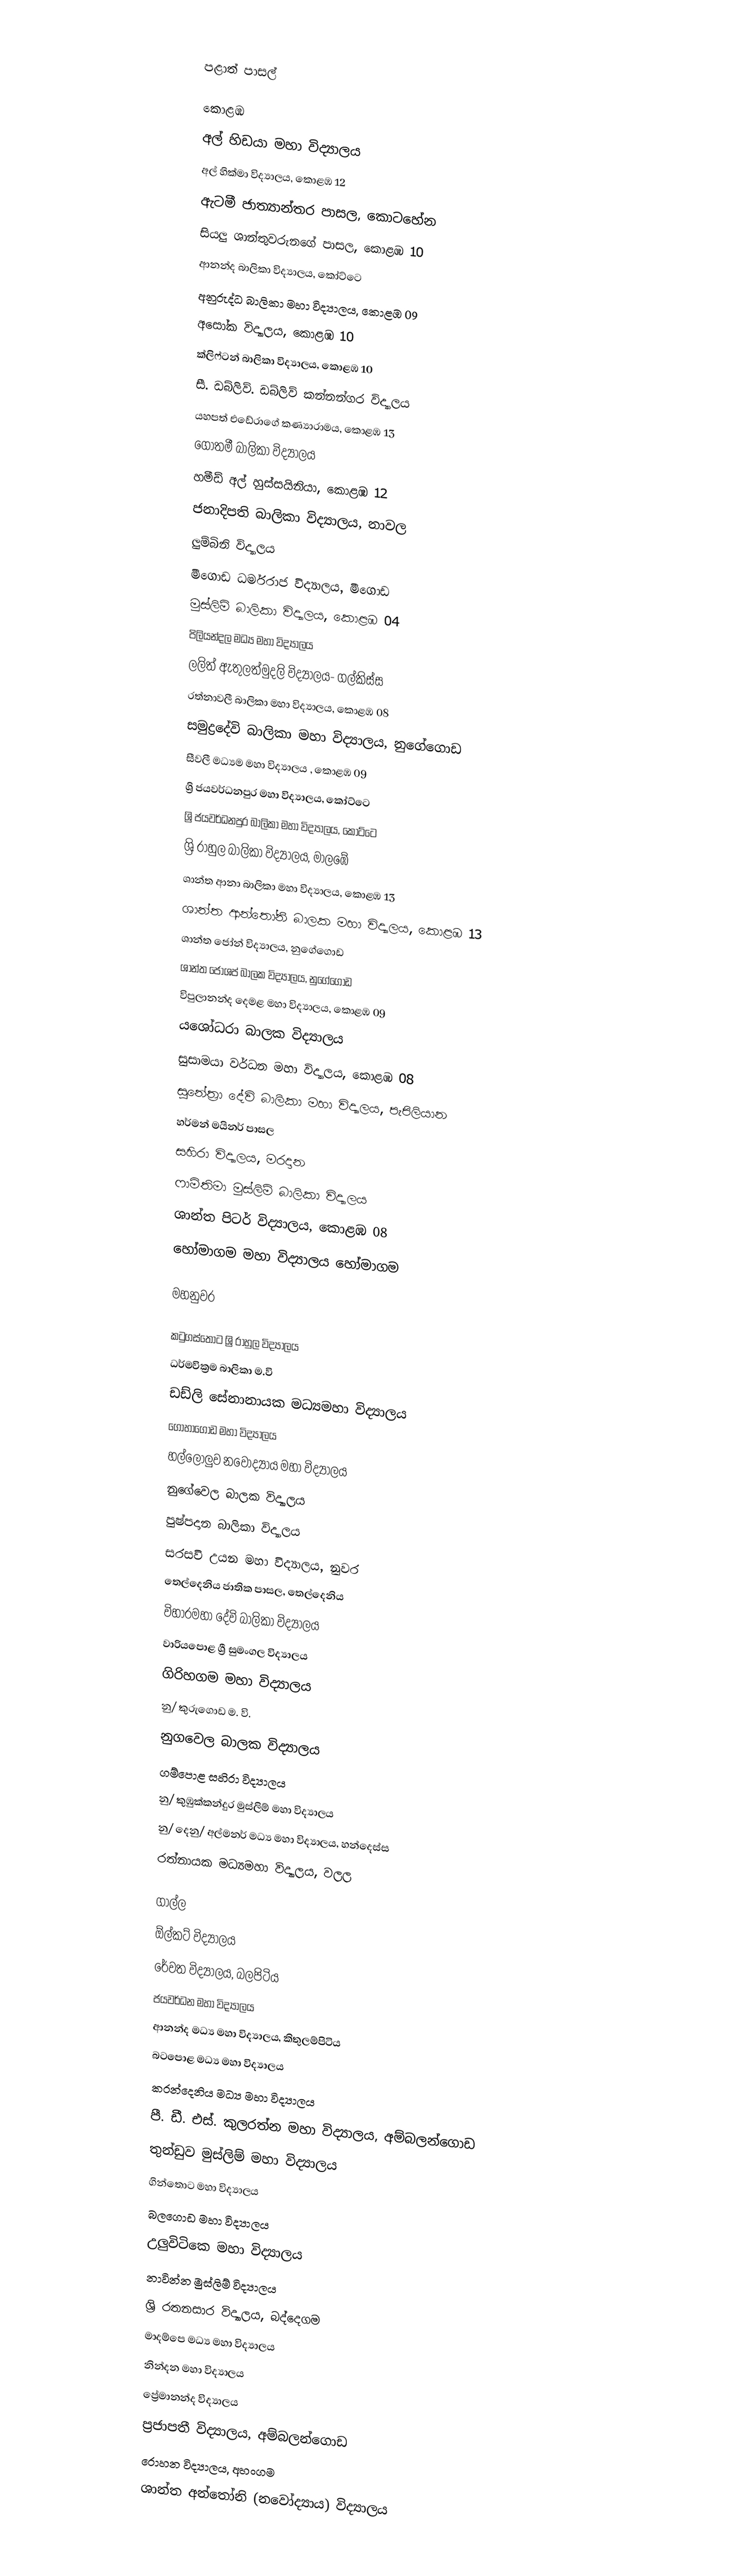

පළාත් පාසල්

කොළඹ
 අල් හිඩයා මහා විද්‍යාලය
 අල් හික්මා විද්‍යාලය, කොළඹ 12
 ඇටමී ජාත්‍යාන්තර පාසල, කොටහේන
 සියලු ශාන්තුවරුනගේ පාසල, කොළඹ 10
 ආනන්ද බාලිකා විද්‍යාලය, ‍කෝට්ටෙ
 අනුරුද්ධ බාලිකා මහා විද්‍යාලය, කොළඹ 09
 අසෝක විද්‍යාලය, කොළඹ 10
 ක්ලිෆ්ටන් බාලිකා විද්‍යාලය, කොළඹ 10
 සී. ඩබ්ලිව්. ඩබ්ලිව් කන්නන්ගර විද්‍යාලය
 යහපත් එඩේරාගේ කණ්‍යාරාමය, කොළඹ 13
 ගෝතමී බාලිකා විද්‍යාලය
 හමීඩ් අල් හුස්සයිනියා, කොළඹ 12
 ජනාදිපති බාලිකා විද්‍යාලය, නාවල
 ලුම්බිනි විද්‍යාලය
 මීගොඩ ධර්මරාජ විද්‍යාලය, මීගොඩ
 මුස්ලිම් බාලිකා විද්‍යාලය, කොළඹ 04
 පිලියන්දල මධ්‍ය මහා විද්‍යාලය
ලලිත් ඇතුලත්මුදලි විද්‍යාලය- ගල්කිස්ස
 රත්නාවලී  බාලිකා මහා විද්‍යාලය, කොළඹ 08
 සමුද්‍රදේවි බාලිකා මහා විද්‍යාලය, නුගේගොඩ
 සීවලී මධ්‍යම මහා විද්‍යාලය , කොළඹ 09
 ශ්‍රි ජයවර්ධනපුර මහා විද්‍යාලය, ‍කෝට්ටෙ
 ශ්‍රි ජයවර්ධනපුර බාලිකා මහා විද්‍යාලය, ‍කෝට්ටෙ
 ශ්‍රි රාහුල බාලිකා විද්‍යාලය, ‍මාලඹේ
 ශාන්ත ආනා බාලිකා මහා විද්‍යාලය, කොළඹ 13
 ශාන්ත ආන්තෝනි බාලක මහා විද්‍යාලය, කොළඹ 13
 ශාන්ත ජෝන් විද්‍යාලය, නුගේගොඩ
 ශාන්ත ජෝශප් බාලක විද්‍යාලය, නුගේගොඩ
 විපුලානන්ද දෙමළ මහා විද්‍යාලය, කොළඹ 09
 යශෝධරා බාලක විද්‍යාලය
 සුසාමයා වර්ධන මහා විද්‍යාලය, කොළඹ 08
 සුනේත්‍රා දේවි බාලිකා මහා විද්‍යාලය, පැපිලියාන
 හර්මන් මයිනර් පාසල
 සහිරා විද්‍යාලය, මරදාන
 ෆාමිතිමා මුස්ලිම් බාලිකා විද්‍යාලය
 ශාන්ත පිටර් විද්‍යාලය, කොළඹ 08
 හෝමාගම මහා විද්‍යාලය හෝමාගම

මහනුවර

 කටුගස්තොට ශ්‍රි රාහුල විද්‍යාලය
 ධර්මවික්‍රම බාලිකා ම.වි
 ඩඩ්ලි සේනානායක මධ්‍යමහා විද්‍යාලය
 ගොහාගොඩ මහා විද්‍යාලය
 හල්ලොලුව නවෝද්‍යාය මහා විද්‍යාලය
 නුගේවෙල බාලක විද්‍යාලය
 පුෂ්පදාන බාලිකා විද්‍යාලය
 සරසවි උයන මහා විද්‍යාලය, නුවර
 තෙල්දෙනිය ජාතික පාසල, තෙල්දෙනිය
 විහාරමහා දේවි බාලිකා විද්‍යාලය
 වාරියපොළ ශ්‍රී සුමංගල විද්‍යාලය
 ගිරිහගම  මහා විද්‍යාලය
 නු/ කුරුගොඩ ම. වි.
 නුගවෙල බාලක විද්‍යාලය
 ගම්පොළ සහිරා විද්‍යාලය
 නු/ කුඹුක්කන්දුර මුස්ලිම්  මහා විද්‍යාලය
 නු/ දෙනු/ අල්මනර් මධ්‍ය මහා විද්‍යාලය, හන්දෙස්ස
 රත්නායක මධ්‍යමහා විද්‍යාලය, වලල

ගාල්ල
 ඕල්කට් විද්‍යාලය
 රේවත විද්‍යාලය, බලපිටිය
 ජයවර්ධන මහා විද්‍යාලය
 ආනන්ද මධ්‍ය මහා විද්‍යාලය, කිතුලම්පිටිය
 බටපොළ මධ්‍ය මහා විද්‍යාලය
 කරන්දෙනිය මධ්‍ය මහා විද්‍යාලය
 පී. ඩී. එස්. කුලරත්න මහා විද්‍යාලය, අම්බලන්ගොඩ
 තුන්ඩුව මුස්ලිම් මහා විද්‍යාලය
 ගින්තොට මහා විද්‍යාලය
 බලගොඩ මහා විද්‍යාලය
 උලුවිටිකෙ මහා විද්‍යාලය
 නාවින්න මුස්ලිම් විද්‍යාලය
 ශ්‍රි රතනසාර විද්‍යාලය, බද්දෙගම
 මාදම්පෙ මධ්‍ය මහා විද්‍යාලය
 නින්දන මහා විද්‍යාලය
 ප්‍රේමානන්ද විද්‍යාලය
 ප්‍රජාපතී විද්‍යාලය, අම්බලන්ගොඩ
 රොහන විද්‍යාලය, අහංගම
 ශාන්ත අන්තෝනි (නවෝද්‍යාය) විද්‍යාලය